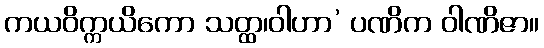
ကယဝိက္ကယိကော သတ္ထ၊ဝါဟာ’ ပဏိက ဝါဏိဇာ။